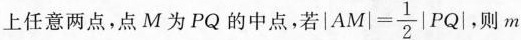
上任意两点，点M为PQ的中点，若$$\left | A M \right | = \frac { 1 } { 2 } \left | P Q \right |$$，则m